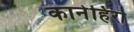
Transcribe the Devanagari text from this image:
कानेहिरो